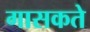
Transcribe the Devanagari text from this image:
गासकते